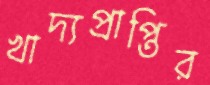
খাদ্যপ্রাপ্তির